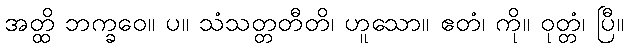
အတ္ထိ ဘက္ခဝေ။ ပ။ သံသတ္တတီတိ၊ ဟူသော။ ဧတံ၊ ကို။ ဝုတ္တံ၊ ပြီ။